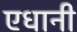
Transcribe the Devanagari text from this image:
एधानी